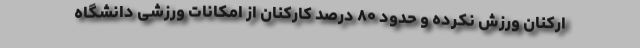
ارکنان ورزش نکرده و حدود ۸۰ درصد کارکنان از امکانات ورزشی دانشگاه